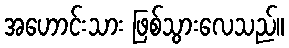
အဟောင်းသား ဖြစ်သွားလေသည်။